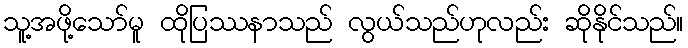
သူ့အဖို့သော်မူ ထိုပြဿနာသည် လွယ်သည်ဟုလည်း ဆိုနိုင်သည်။